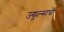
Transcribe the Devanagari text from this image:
ज्युल्सचे